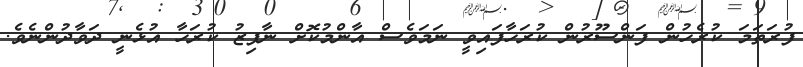
ފުރަތަމަ ކުރެހުން ފަންސޫރުން ކުރަހާފައިވީ ނަމަވެސް އާންމުކޮށް ނާފިޒު ކުރަހާ އުޅެނީ ދަވާދުންނެވެ.